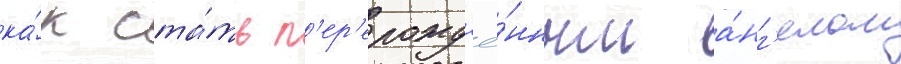
ка́к ста́ть п'ер'ерожд'ё́нным а́нг'елом